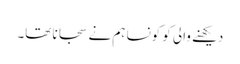
دیکھنے والی کو کونسا ہم نے سجانا تھا۔